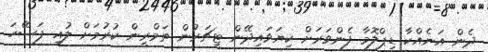
ދެން އަނެއްކާ ޑިޕްލޮމާ ފެންވަރަށް ކިޔަވައިދޭން ޓީޗަރުން ތަމްރީން ކުރުމަށް ލުއި ފަސޭހަ